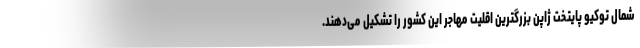
شمال توکیو پایتخت ژاپن بزرگترین اقلیت مهاجر این کشور را تشکیل می‌دهند.